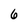
Character: 6